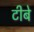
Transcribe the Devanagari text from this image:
टीबे